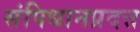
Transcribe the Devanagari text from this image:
संपिधानप्रदत्त